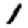
Digit: 1